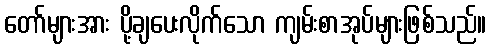
တော်များအား ပို့ချပေးလိုက်သော ကျမ်းစာအုပ်များဖြစ်သည်။